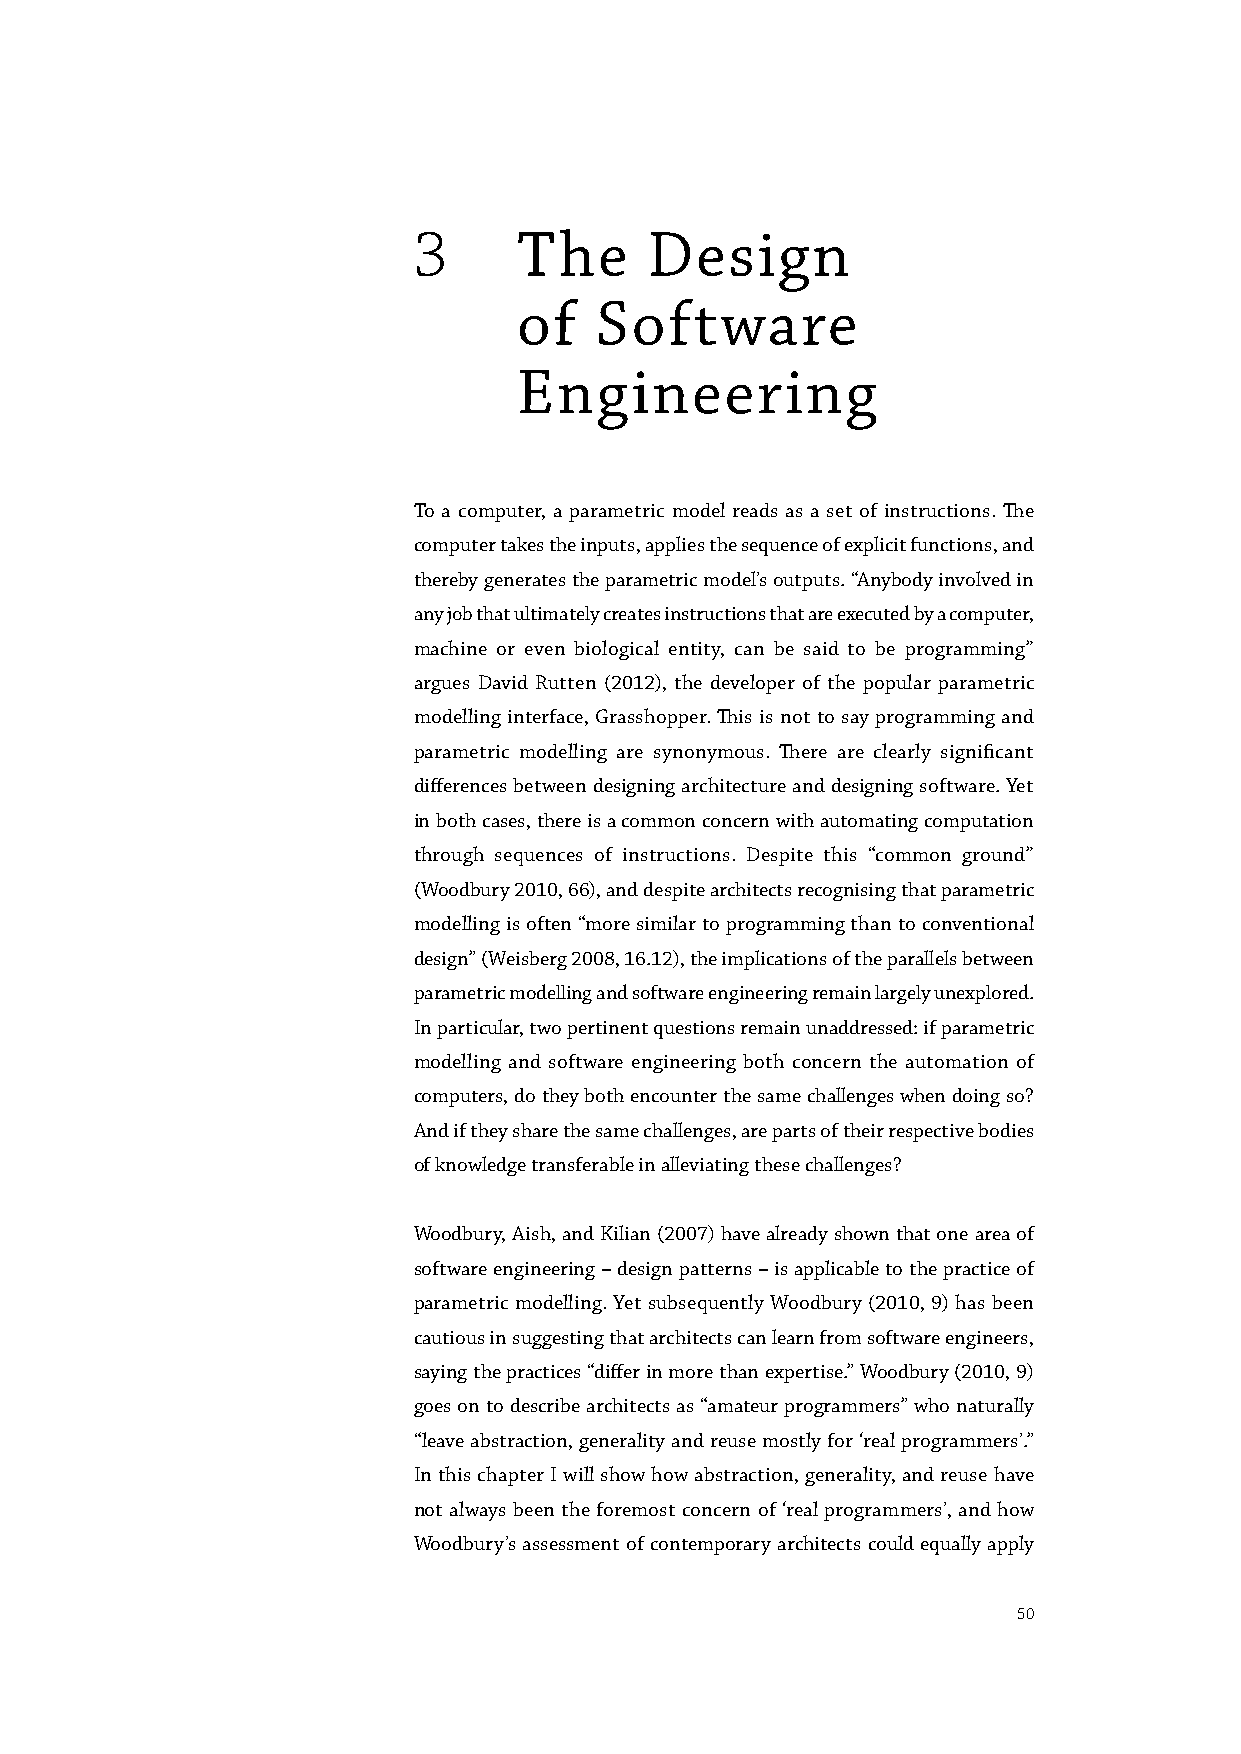
3      The      Design
 of   Software
 Engineering
 To a computer, a parametric model reads as a set of instructions. The
 computer takes the inputs, applies the sequence of explicit functions, and
 thereby generates the parametric model’s outputs. “Anybody involved in
 any job that ultimately creates instructions that are executed by a computer,
 machine or even biological entity, can be said to be programming”
 argues David Rutten (2012), the developer of the popular parametric
 modelling interface, Grasshopper. This is not to say programming and
 parametric modelling are synonymous. There are clearly significant
 differences between designing architecture and designing software. Yet
 in both cases, there is a common concern with automating computation
 through sequences of instructions. Despite this “common ground”
 (Woodbury 2010, 66), and despite architects recognising that parametric
 modelling is often “more similar to programming than to conventional
 design” (Weisberg 2008, 16.12), the implications of the parallels between
 parametric modelling and software engineering remain largely unexplored.
 In particular, two pertinent questions remain unaddressed: if parametric
 modelling and software engineering both concern the automation of
 computers, do they both encounter the same challenges when doing so?
 And if they share the same challenges, are parts of their respective bodies
 of knowledge transferable in alleviating these challenges?
 Woodbury, Aish, and Kilian (2007) have already shown that one area of
 software engineering – design patterns – is applicable to the practice of
 parametric modelling. Yet subsequently Woodbury (2010, 9) has been
 cautious in suggesting that architects can learn from software engineers,
 saying the practices “differ in more than expertise.” Woodbury (2010, 9)
 goes on to describe architects as “amateur programmers” who naturally
 “leave abstraction, generality and reuse mostly for ‘real programmers’.”
 In this chapter I will show how abstraction, generality, and reuse have
 not always been the foremost concern of ‘real programmers’, and how
 Woodbury’s assessment of contemporary architects could equally apply
 50